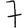
Digit: 7